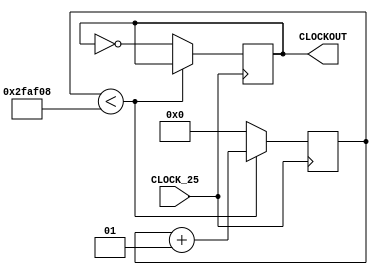
module ClockDivider25M_4Hz(
	input CLOCK_25,
	output reg [9:0]CLOCKOUT
);

	integer value = 3125000;
	integer count;
	
	always@(posedge CLOCK_25)begin
		if (count < 3125000) begin
			count = count + 1;
		end
		else begin
			CLOCKOUT = ~CLOCKOUT;
			count = 0;
		end
	end
	
 endmodule